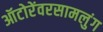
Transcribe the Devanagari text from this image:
ऑटोरेंवरसामलुंग